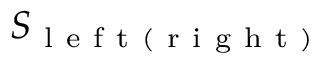
S _ { \mathrm { ~ l ~ e ~ f ~ t ~ } ( \mathrm { ~ r ~ i ~ g ~ h ~ t ~ } ) }